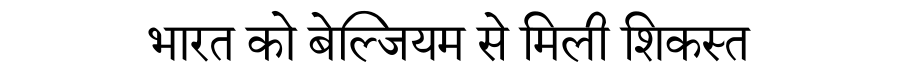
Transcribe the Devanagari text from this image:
भारत को बेल्जियम से मिली शिकस्त